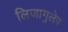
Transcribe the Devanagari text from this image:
लिजागुलेप